Leningradi_Edasi_toimetus, lk 45
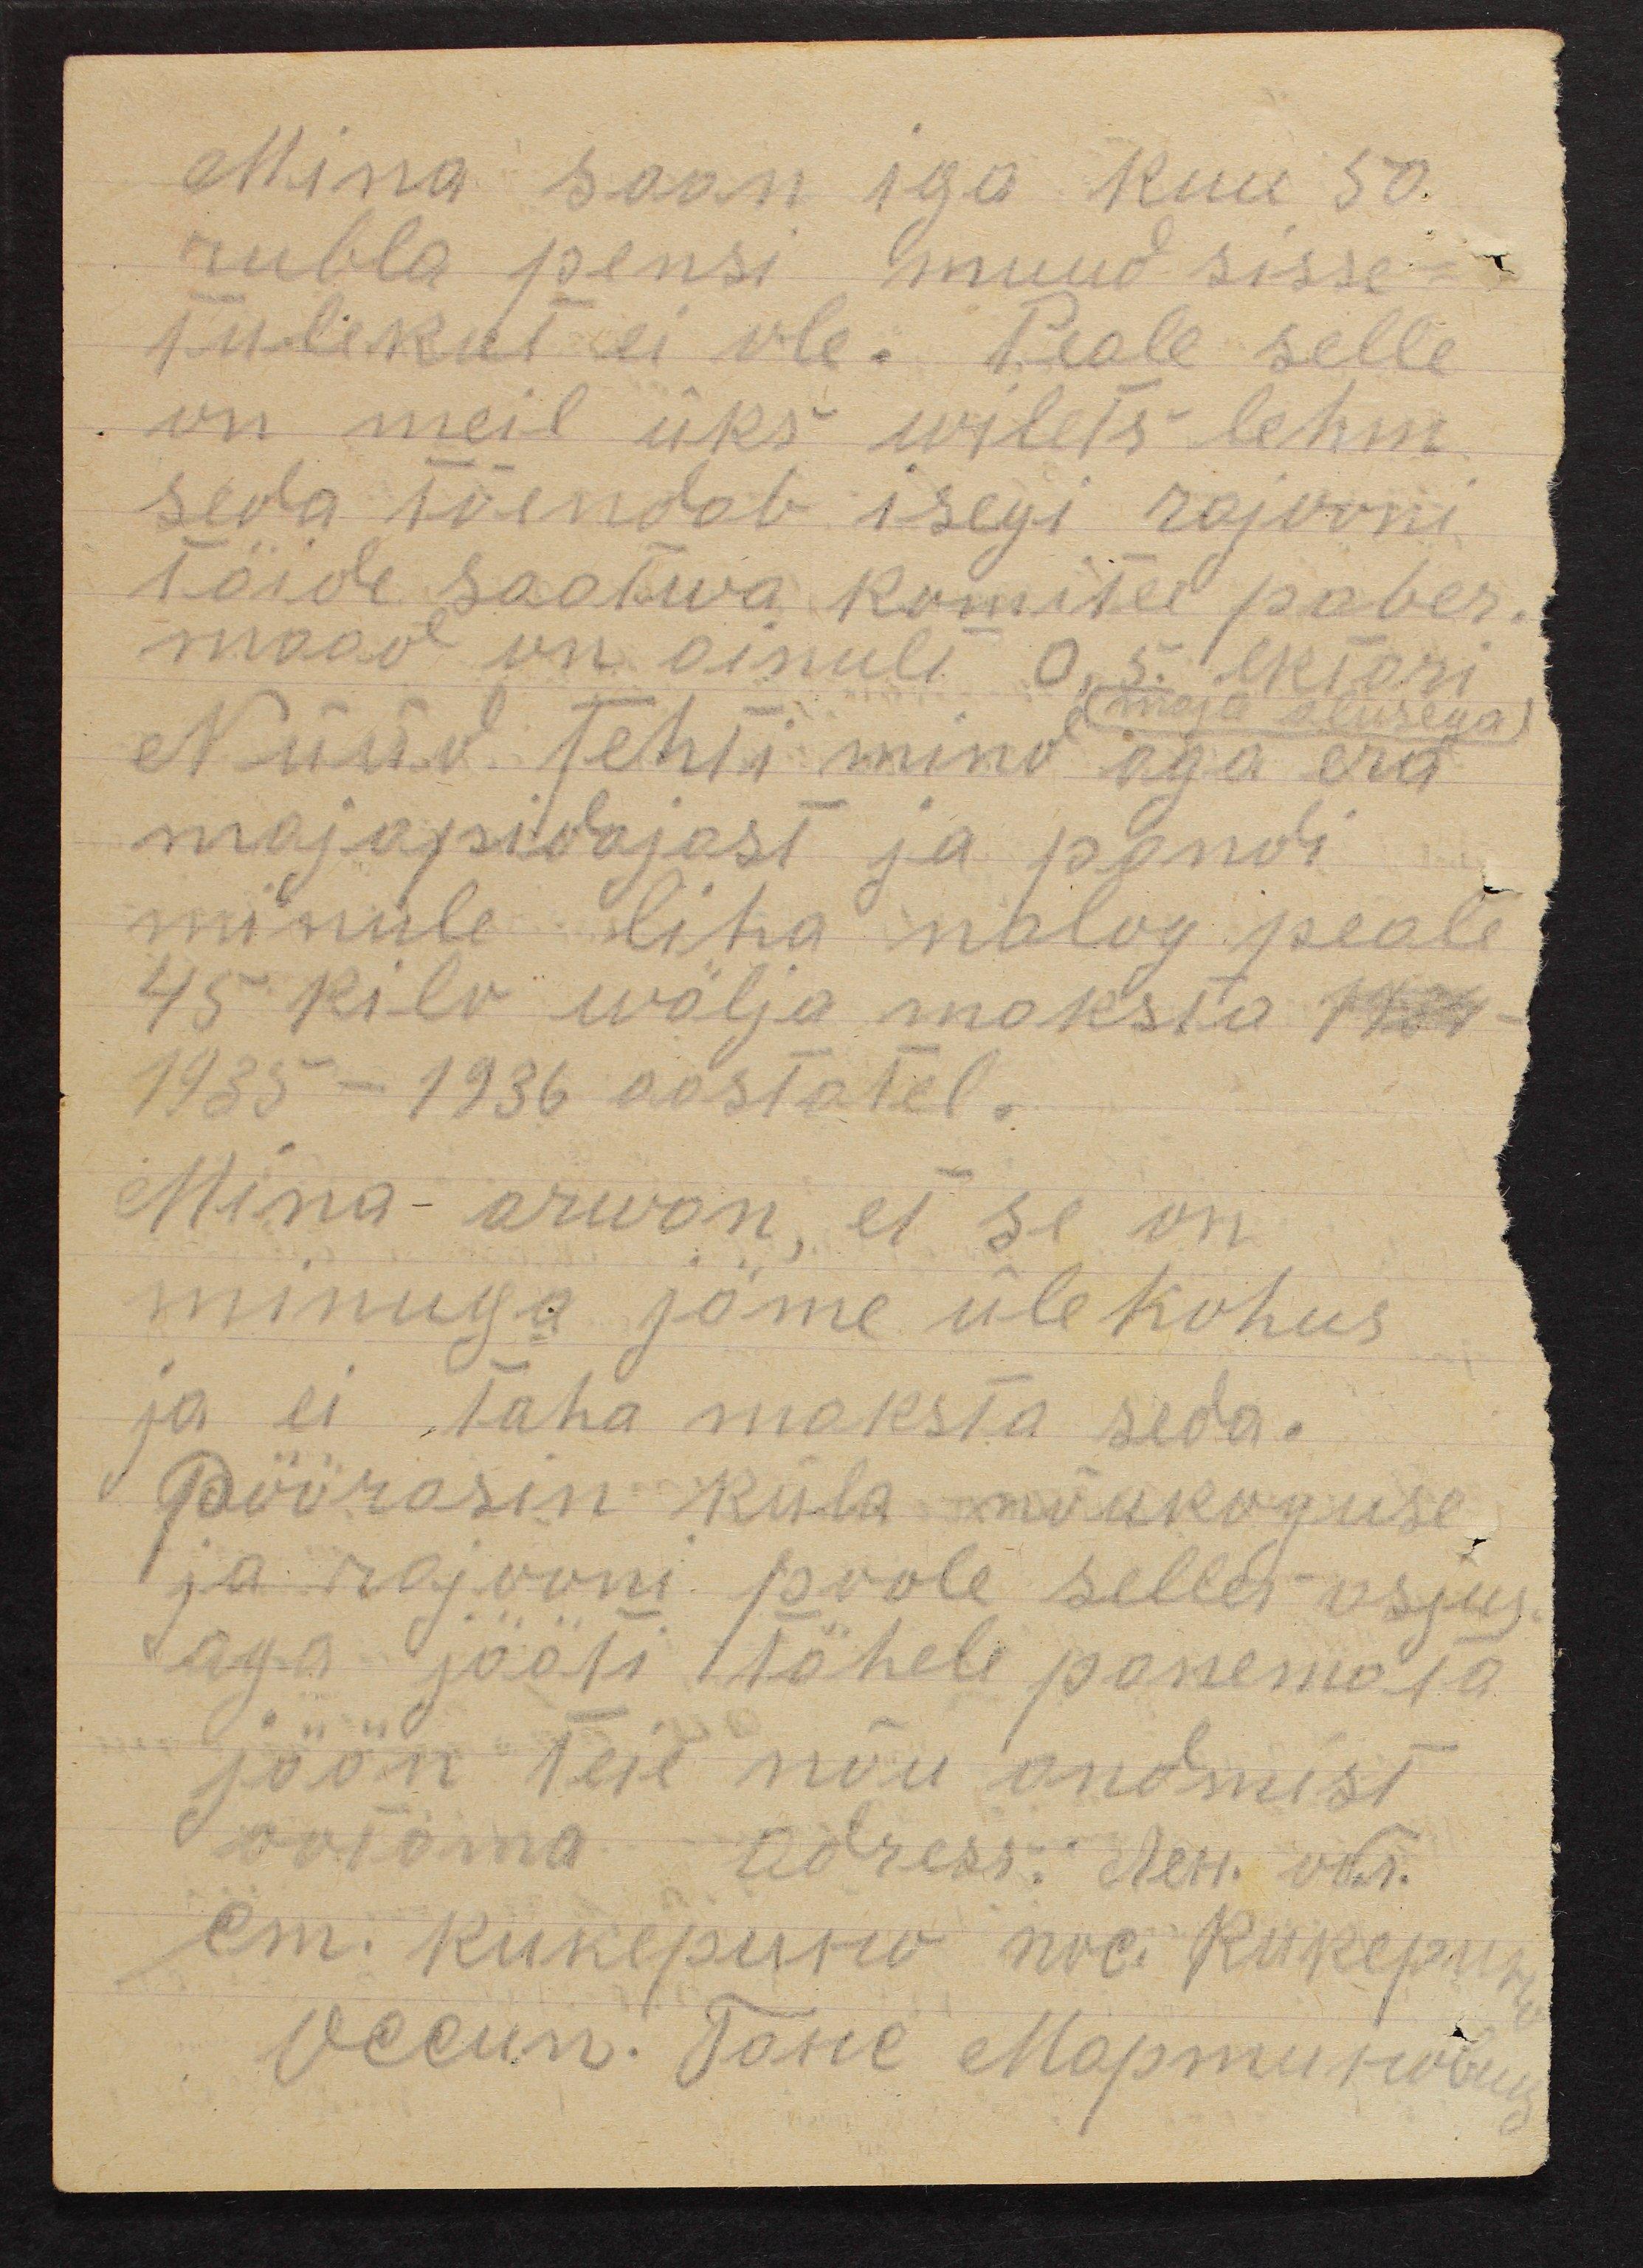
Mina saan iga kuu 50
rubla pensi muud sisse-
tulekule ei ole. Peale selle
on meil üks wilets lehm.
seda tõendab isegi rajooni.
täide saatwa komitee paber.
maad on ainule 0,5. ektari
Nüüd tehti mind aga era-
(maja alusega)
majapidajast ja pandi
minule liha nalog peale
45 kilo wälja maksta 1921
1935-1936 aastatel.
Mina arwan, et se on
minuga jäme ülekohus
ja ei taha maksta seda.
Pöörasin küla nõukoguse
ja rajooni poole selles asjus
aga jääti tähele panemata
jään teie nõu andmist
ootama adress. Nest või.